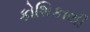
કોશિકાથી